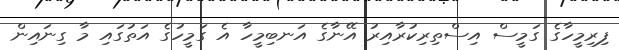
ފިރިމީހާގެ ގަމީސް އިސްތިރިކުރާއިރު އޭނާގެ އަނބިމީހާ އެ ގަމީހުގެ އަތުގައި މާ ގިނައިން